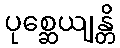
ပုစ္ဆေယျန္တိ